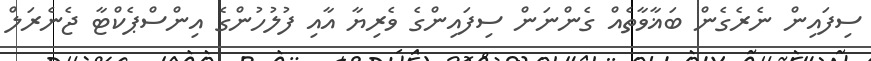
ސިފައިން ނެރެގެން ބަޣާވާތެއް ގެންނަން ސިފައިންގެ ވެރިޔާ އާއި ފުލުހުންގެ އިންސްޕެކްޓާ ޖެނެރަލް